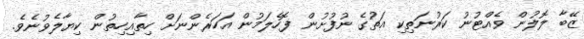
ޒޭބާ ލޮލުން ވެއްޓުނު ކަރުނަތިކި އަތުގެ ނުފުށުން ފޮހެލަމުން އަހަރެންނަށް ހިތާއިހިތުން ކިޔާލެވުނެވެ.